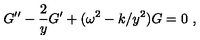
G ^ { \prime \prime } - { \frac { 2 } { y } } G ^ { \prime } + ( \omega ^ { 2 } - k / y ^ { 2 } ) G = 0 \ ,